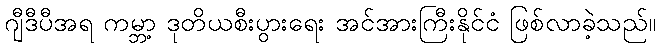
ဂျီဒီပီအရ ကမ္ဘာ့ ဒုတိယစီးပွားရေး အင်အားကြီးနိုင်ငံ ဖြစ်လာခဲ့သည်။